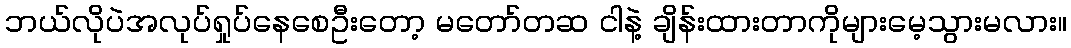
ဘယ်လိုပဲအလုပ်ရှုပ်နေစေဦးတော့ မတော်တဆ ငါနဲ့ ချိန်းထားတာကိုများမေ့သွားမလား။